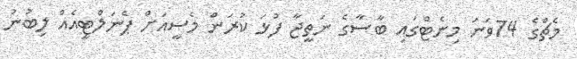
މެޗްގެ 74ވަނަ މިނެޓްގައި ބާސާގެ ނަތީޖާ ފުޅަ ކުރަން މެސީއަށް ޕެނަލްޓީއެއް ލިބުނު